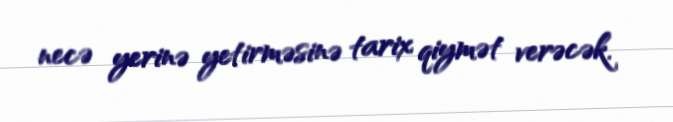
necə yerinə yetirməsinə tarix qiymət verəcək.